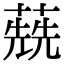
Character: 𦺷